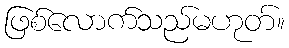
ဖြစ်လောက်သည်မဟုတ်။